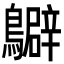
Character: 𪇊